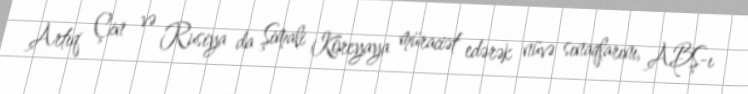
Artıq Çin və Rusiya da Şimali Koreyaya müraciət edərək nüvə sınaqlarını, ABŞ-ı